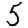
Digit: 5